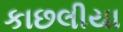
કાછલીયા